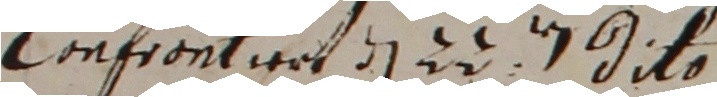
confrontieet d 22 dito